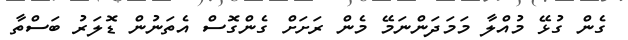
ގެން ގުޅޭ މުއްލާ މަމަދަންނަމޭ މެން ރަށަށް ގެންގޮސް އެތަނުން ޑޮލަރު ބަސްތާ